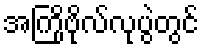
အကြိုဗိုလ်လုပွဲတွင်